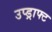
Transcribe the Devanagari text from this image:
उप्ड्राफ्ट